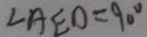
\angle A E D = 9 0 ^ { \circ }